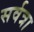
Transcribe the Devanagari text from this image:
सर्वत्रा